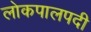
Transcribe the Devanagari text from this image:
लोकपालपदी